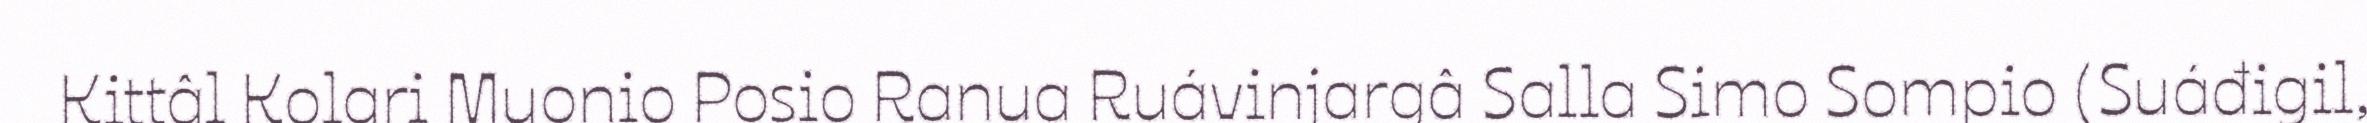
Kittâl Kolari Muonio Posio Ranua Ruávinjargâ Salla Simo Sompio (Suáđigil,